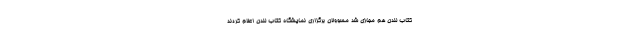
کتاب لندن هم مجازی شد مسوولان برگزاری نمایشگاه کتاب لندن اعلام کردند